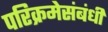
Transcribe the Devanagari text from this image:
परिक्रमेसंबंधी